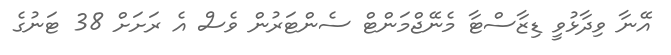
އޭނާ ވިދާޅުވީ ޑިޒާސްޓާ މެނޭޖްމަންޓް ސެންޓަރުން ވެސް އެ ރަށަށް 38 ޓަނުގެ